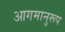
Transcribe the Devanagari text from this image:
आगमानुरूप